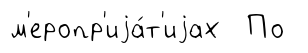
м'еропр'иjа́т'иjах По